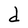
Character: d